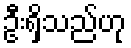
ဦးရှိသည်ဟု